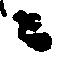
ニ